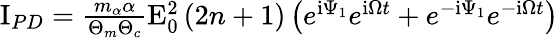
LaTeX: \begin{array}{r}{\mathrm{I}_{PD}=\frac{m_{\alpha}\alpha}{\Theta_{m}\Theta_{c}}\mathrm{E}_{0}^{2}\left(2n+1\right)\left(e^{\mathrm{i}\Psi_{1}}e^{\mathrm{i}\Omega t}+e^{-\mathrm{i}\Psi_{1}}e^{-\mathrm{i}\Omega t}\right)}\end{array}